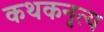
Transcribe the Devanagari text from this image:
कथकनृत्य